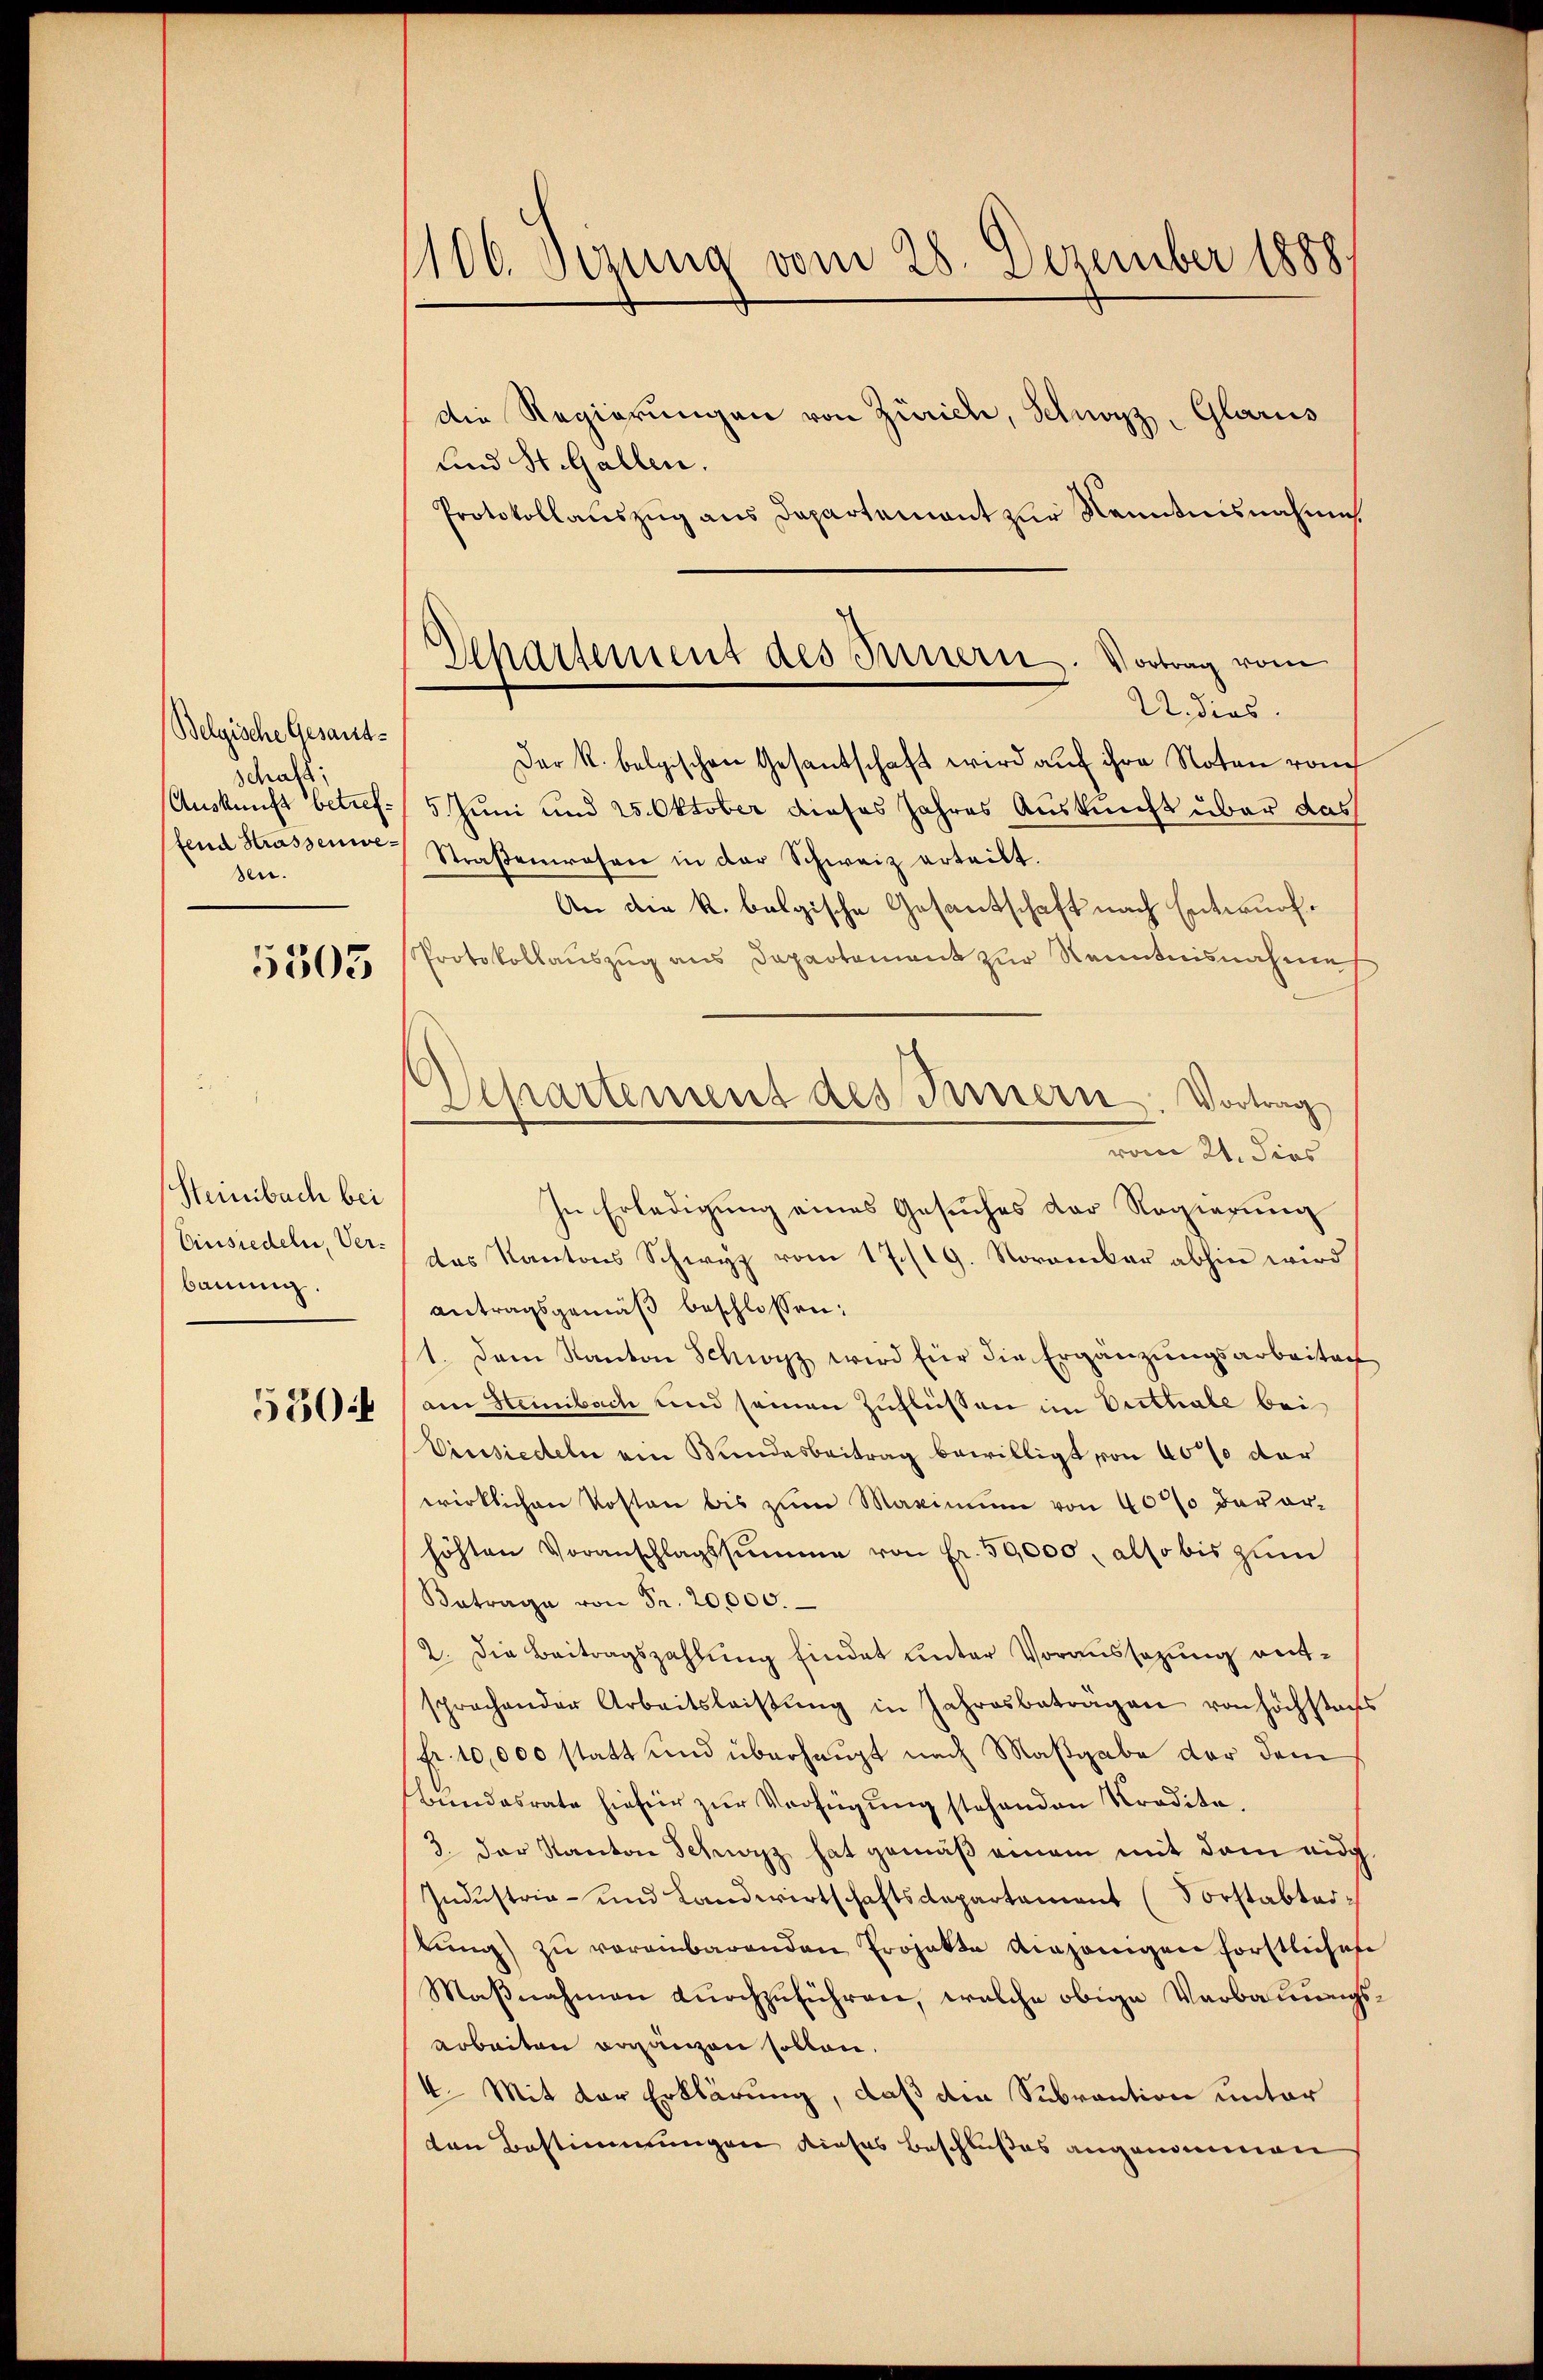
Belgische Gesandschaft
Auskunft betreffend Strassenwesen.

5303

Steinbach bei
Einsiedeln, Verbauung.

530

1106. Jezung vom 28. Dezember 1888.
Die Regierungen von Zürich, Schwyz, Glarus
Lind St. Gallen.

Protokollauszug aus Departement zur Kenntnisnahme
Der R. belgischen Gesantschaft wird auf ihre Noten von
5. Juni und 25. Oktober dieses Jahres Auskunft über das
Straßenwesen in der Schweiz erteilt.
An die k. belgische Gesandschaft nach Entwurf.
Protokollaŭszŭg ans Departement zŭr Kenntnisnahme
In Erledigung eines Gesuches der Regierung
das Kantons Schwyz vom 17./19. November abhin wird
antragsgemäß beschlossen:
1. Dem Kanton Schwyz wird für die Ergänzungsarbeiten
am Heinbach und seinen Zuflüssen im Verthabe bei
Vinsiedeln ein Bundesbeitrag bewilligt von 40% der
wirklichen Kosten bis zum Maximum von 40% devorhöhten Voranschlagssumme von Fr. 50,000, also bis zum
Betrage von Fr. 20,000.
2. Die Beitragszahlung findet unter Voraussezung entsprechender Arbeitsleistŭng in Jahresbeträgen von höchstach
fr. 10,000 statt und überhaupt nach Maßgabe der dem
Bundesrate hiefür zur Verfügung stehenden Tradita,
3. Der Kanton Schwarz hat gemäß einem mit dem eid
Industria- und Landwirtschaftsdepartement (Vorstabtertung) zu vereinbarenden Projekte verhänigen förstliche
Maßnahmen durchzuführen, welche obige Verbauung
arbeiten erganzen sollen.
4. Mit der Erklärung, daß die Subrantion unter
ten Bestimmungen dieses Beschlußes angenommen

Departement des Innern. Vortrag vom
U. dies.

Departement des Innern. Vortrag
vom 21. dies